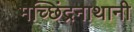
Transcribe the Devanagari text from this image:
मच्छिंद्रनाथानी